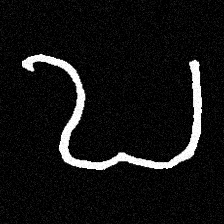
Pyu character \u2014 Myanmar letter: ဎ (romanized: ddha)